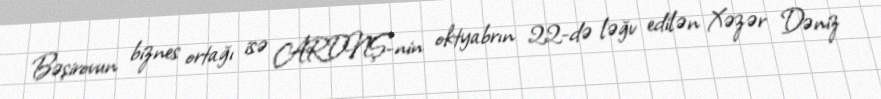
Bəşirovun biznes ortağı isə ARDNŞ-nin oktyabrın 22-də ləğv edilən Xəzər Dəniz